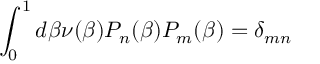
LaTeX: \int _ { 0 } ^ { 1 } d \beta \nu ( \beta ) P _ { n } ( \beta ) P _ { m } ( \beta ) = \delta _ { m n }